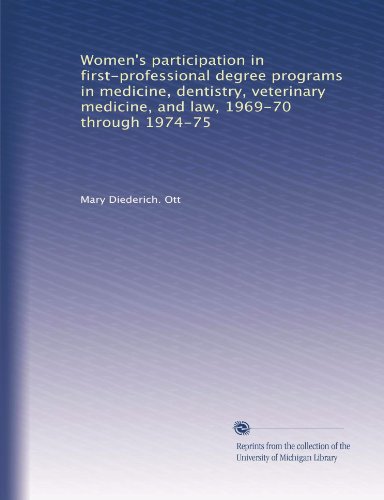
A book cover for Women's participation in first-professional degree programs in medicine, dentistry, veterinary medicine, and law, 1969-70 through 1974-75; Mary Diederich. Ott; Medical Books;